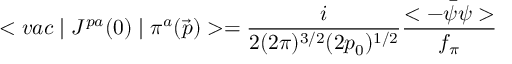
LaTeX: < v a c \mid J ^ { p a } ( 0 ) \mid \pi ^ { a } ( \vec { p } ) > = \frac { i } { 2 ( 2 \pi ) ^ { 3 / 2 } ( 2 p _ { 0 } ) ^ { 1 / 2 } } \frac { < - \bar { \psi } \psi > } { f _ { \pi } }